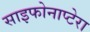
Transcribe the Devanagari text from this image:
साइफोनाप्टेरा